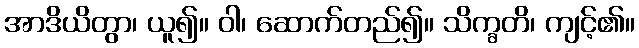
အာဒိယိတွာ၊ ယူ၍။ ဝါ၊ ဆောက်တည်၍။ သိက္ခတိ၊ ကျင့်၏။